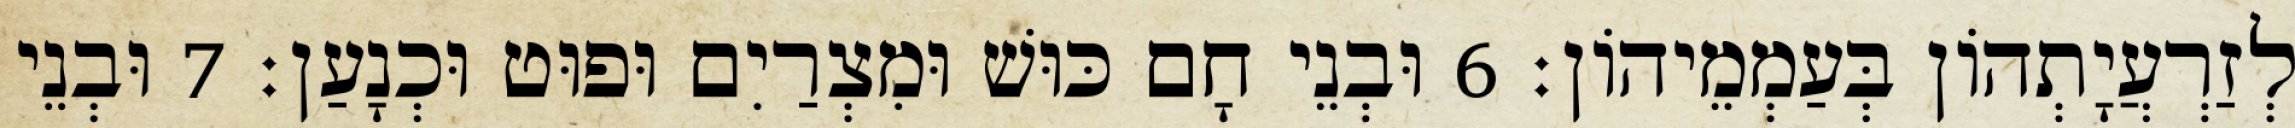
לְזַרְעֲיָתְהוֹן בְּעַמְמֵיהוֹן׃ 6 וּבְנֵי חָם כּוּשׁ וּמִצְרַיִם וּפוּט וּכְנָעַן׃ 7 וּבְנֵי